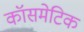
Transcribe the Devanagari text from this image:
कॉसमेटिक